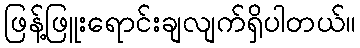
ဖြန့်ဖြူးရောင်းချလျက်ရှိပါတယ်။